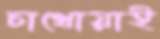
চাথোয়াই